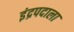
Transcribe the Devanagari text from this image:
इंद्रपदाला